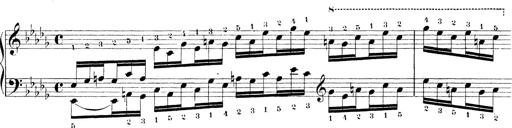
Title: Technische Studien
Composer: Franz Liszt